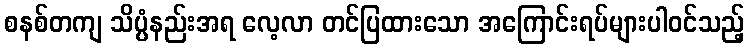
စနစ်တကျ သိပ္ပံနည်းအရ လေ့လာ တင်ပြထားသော အကြောင်းရပ်များပါဝင်သည့်